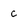
Character: c